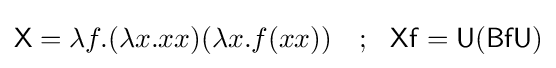
{\mathsf {X}}=\lambda f.(\lambda x.xx)(\lambda x.f(xx))\ \ \ ;\ \ {\mathsf {Xf=U(BfU)}}